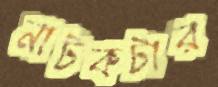
নাটকটার